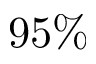
9 5 \%